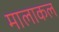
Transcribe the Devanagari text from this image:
मालाकल